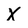
Character: X